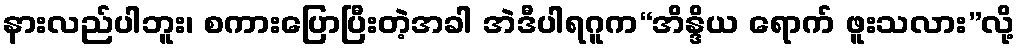
နားလည်ပါဘူး၊ စကားပြောပြီးတဲ့အခါ အဲဒီပါရဂူက“အိန္ဒိယ ရောက် ဖူးသလား”လို့